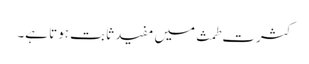
کثرت طمث میں مفید ثابت ہوتا ہے۔